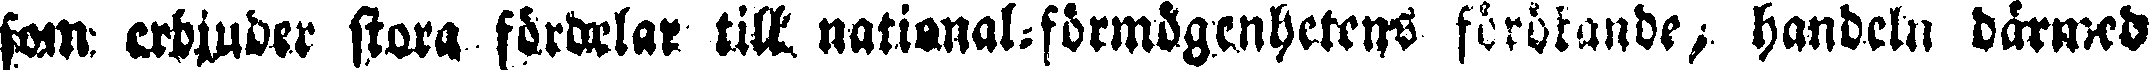
som erbjuder stora fördelar tll national-förmögenhetens förökande, handeln därmed